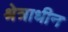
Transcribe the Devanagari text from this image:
श्रेत्राधीन